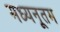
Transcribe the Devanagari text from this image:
मध्यनूतम